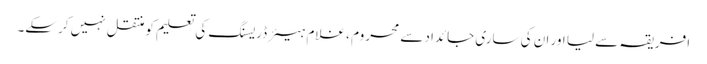
افریقہ سے لیا اور ان کی ساری جائداد سے محروم ، غلام ہیئر ڈریسنگ کی تعلیم کو منتقل نہیں کرسکے۔